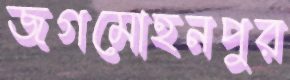
জগমোহনপুর